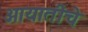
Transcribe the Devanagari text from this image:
आयातीचे